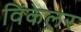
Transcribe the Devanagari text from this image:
विंकेल्रर